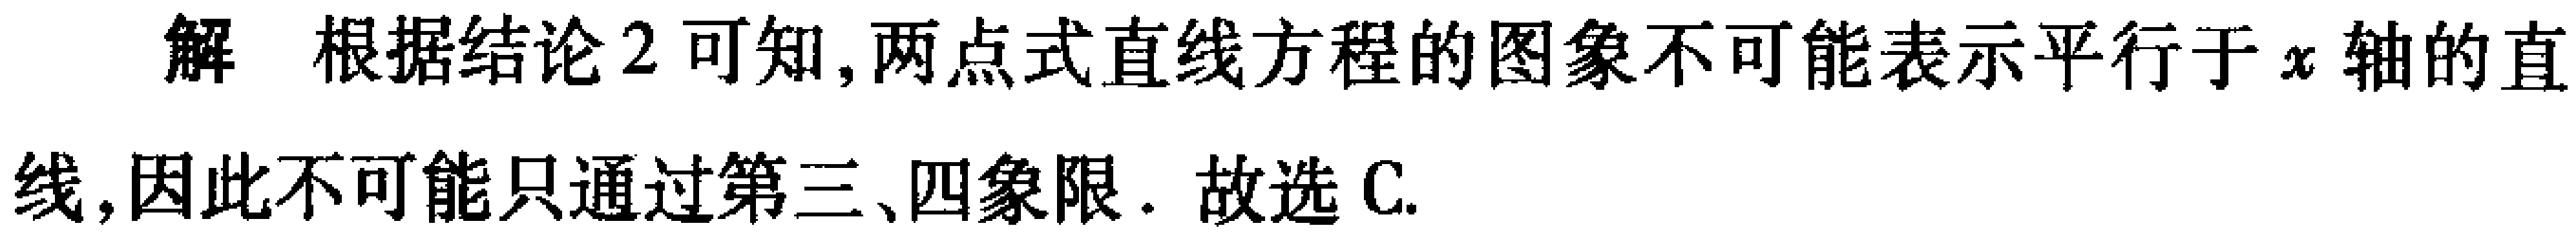
解 根据结论2可知,两点式直线方程的图象不可能表示平行于\(x\)轴的直线,因此不可能只通过第三、四象限. 故选C.